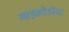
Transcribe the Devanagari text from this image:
माइक्रोडॉन्ट